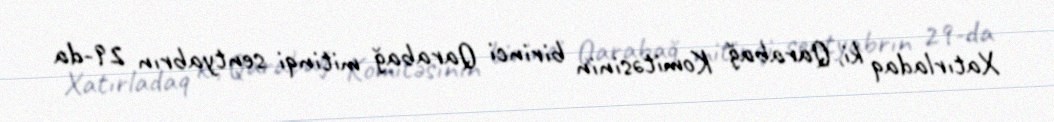
Xatırladaq ki, Qarabağ Komitəsinin birinci Qarabağ mitinqi sentyabrın 29-da